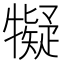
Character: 𱭱